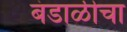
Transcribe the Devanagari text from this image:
बंडाळीचा